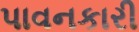
પાવનકારી